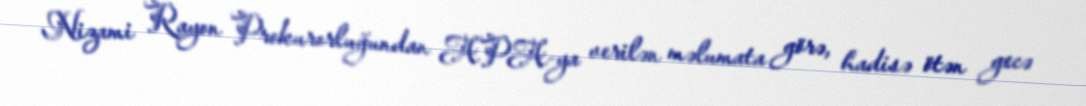
Nizami Rayon Prokurorluğundan APA-ya verilən məlumata görə, hadisə ötən gecə